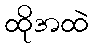
ထိုအထဲ